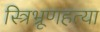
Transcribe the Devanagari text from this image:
स्त्रिभ्रूणहत्या